Scientific memoirs by medical officers of the Army of India - Part I,
Year: 1884
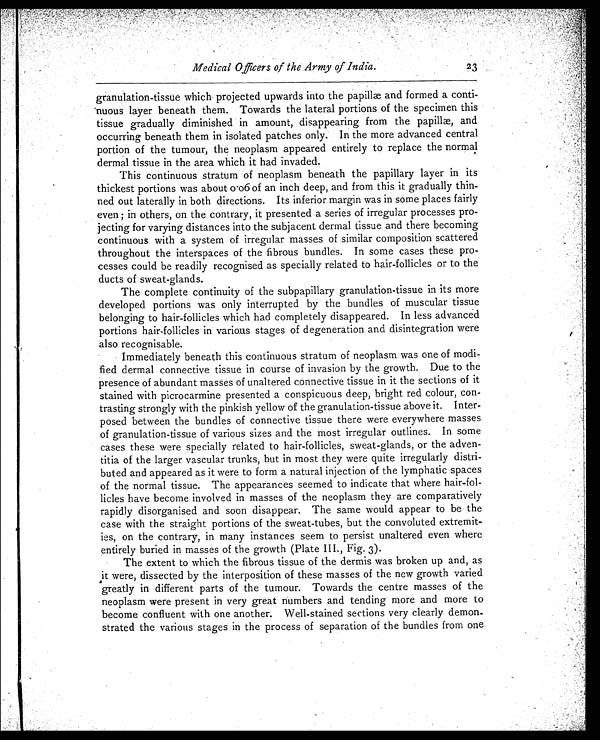
Medical Officers of the Army of India.
23
granulation-tissue which projected upwards into the papillæ and formed a conti
- n u o u s l a y e r b e n e a t h t h e m . T o w a r d s t h e l a t e r a l p o r t i o n s o f t h e s p e c i m e n t h i s
tissue gradually diminished in amount, disappearing from the papillæ, and
occurring beneath them in isolated patches only. In the more advanced central
portion of the tumour, the neoplasm appeared entirely to replace the normal
dermal tissue in the area which it had invaded.
This continuous stratum of neoplasm beneath the papillary layer in its
thickest portions was about 0.06 of an inch deep, and from this it gradually thin
- n e d o u t l a t e r a l l y i n b o t h d i r e c t i o n s . I t s i n f e r i o r m a r g i n w a s i n s o m e p l a c e s f a i r l y
even; in others, on the contrary, it presented a series of irregular processes pro
- j e c t i n g f o r v a r y i n g d i s t a n c e s i n t o t h e s u b j a c e n t d e r m a l t i s s u e a n d t h e r e b e c o m i n g
continuous with a system of irregular masses of similar composition scattered
throughout the interspaces of the fibrous bundles. In some cases these pro
- c e s s e s c o u l d b e r e a d i l y r e c o g n i s e d a s s p e c i a l l y r e l a t e d t o h a i r - f o l l i c l e s o r t o t h e
ducts of sweat-glands.
The complete continuity of the subpapillary granulation-tissue in its more
developed portions was only interrupted by the bundles of muscular tissue
belonging to hair-follicles which had completely disappeared. In less advanced
portions hair-follicles in various stages of degeneration and disintegration were
also recognisable.
Immediately beneath this continuous stratum of neoplasm was one of modi
- f i e d d e r m a l c o n n e c t i v e t i s s u e i n c o u r s e o f i n v a s i o n b y t h e g r o w t h . D u e t o t h e
presence of abundant masses of unaltered connective tissue in it the sections of it
stained with picrocarmine presented a conspicuous deep, bright red colour, con
-trasting strongly with the pinkish yellow of the granulation-tissue above it. Inter
- p o s e d b e t w e e n t h e b u n d l e s o f c o n n e c t i v e t i s s u e t h e r e w e r e e v e r y w h e r e m a s s e s
of granulation-tissue of various sizes and the most irregular outlines. In some
cases these were specially related to hair-follicles, sweat-glands, or the adven
-titia of the larger vascular trunks, but in most they were quite irregularly distri
- b u t e d a n d a p p e a r e d a s i t w e r e t o f o r m a n a t u r a l i n j e c t i o n o f t h e l y m p h a t i c s p a c e s
of the normal tissue. The appearances seemed to indicate that where hair-fol
- l i c l e s h a v e b e c o m e i n v o l v e d i n m a s s e s o f t h e n e o p l a s m t h e y a r e c o m p a r a t i v e l y
rapidly disorganised and soon disappear. The same would appear to be the
case with the straight portions of the sweat-tubes, but the convoluted extremit
- i e s , o n t h e c o n t r a r y , i n m a n y i n s t a n c e s s e e m t o p e r s i s t u n a l t e r e d e v e n w h e r e
entirely buried in masses of the growth (Plate III., Fig. 3).
The extent to which the fibrous tissue of the dermis was broken up and, as
it were, dissected by the interposition of these masses of the new growth varied
greatly in different parts of the tumour. Towards the centre masses of the
neoplasm were present in very great numbers and tending more and more to
become confluent with one another. Well-stained sections very clearly demon
- s t r a t e d t h e v a r i o u s s t a g e s i n t h e p r o c e s s o f s e p a r a t i o n o f t h e b u n d l e s f r o m o n e